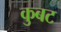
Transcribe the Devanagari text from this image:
कुबट